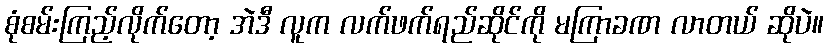
စုံစမ်းကြည့်လိုက်တော့ အဲဒီ လူက လက်ဖက်ရည်ဆိုင်ကို မကြာခဏ လာတယ် ဆိုပဲ။